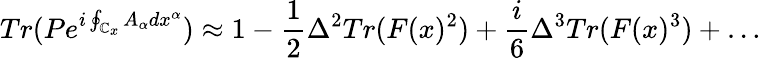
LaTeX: Tr(Pe^{i\oint_{\mathbb{C}_{x}}A_{\alpha}dx^{\alpha}})\approx1-{\frac{{1}}{{2}}}\Delta^{2}Tr(F(x)^{2})+{\frac{{i}}{{6}}}\Delta^{3}Tr(F(x)^{3})+\dots